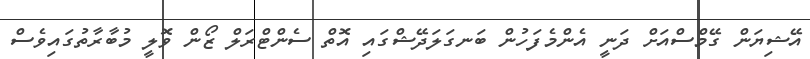
އޭޝިޔަން ގޭމްސްއަށް ދަނީ އެންމެފަހުން ބަނގަލަދޭޝްގައި އޮތް ސެންޓްރަލް ޒޯން ވޮލީ މުބާރާތުގައިވެސް